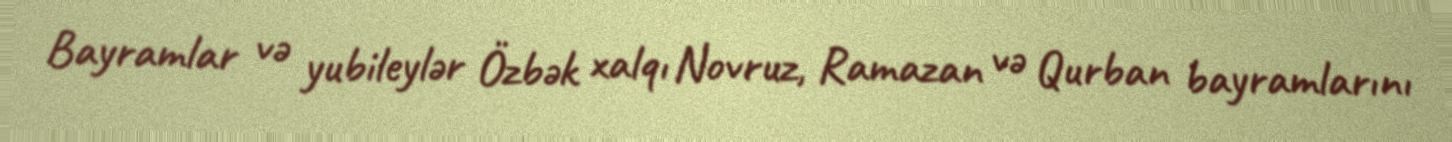
Bayramlar və yubileylər Özbək xalqı Novruz, Ramazan və Qurban bayramlarını